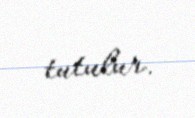
tutulur.